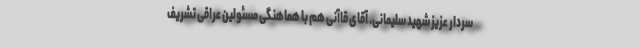
سردار عزیز شهید سلیمانی. آقای قاآنی هم با هماهنگی مسئولین عراقی تشریف